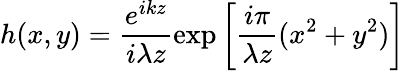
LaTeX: h(x,y)=\frac{e^{ikz}}{i\lambda z}\exp\left[\frac{i\pi}{\lambda z}(x^{2}+y^{2})\right]